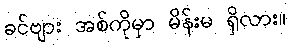
ခင်ဗျား အစ်ကိုမှာ မိန်းမ ရှိလား။